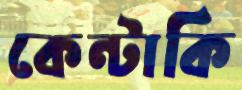
কেন্টাকি